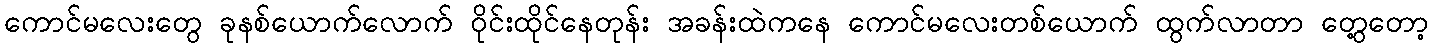
ကောင်မလေးတွေ ခုနစ်ယောက်လောက် ဝိုင်းထိုင်နေတုန်း အခန်းထဲကနေ ကောင်မလေးတစ်ယောက် ထွက်လာတာ တွေ့တော့